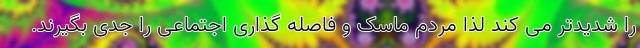
را شدیدتر می کند لذا مردم ماسک و فاصله گذاری اجتماعی را جدی بگیرند.